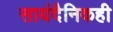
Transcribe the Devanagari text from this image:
सायंदैनिकही